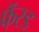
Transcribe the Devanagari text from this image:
फॅरड